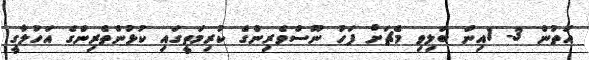
އަތުން 3- 1އިން ބަލިވި މެޗަށް ފަހު ނޫސްވެރިންގެ ކުރިމަތީގައި ކުޅުންތެރިންގެ އަހުލާގީ